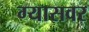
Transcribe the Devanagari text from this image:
ग्यासवर